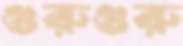
গুরুগুরু